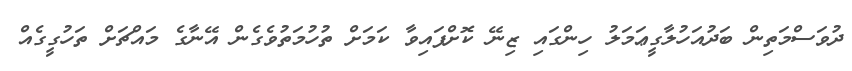
ދުވަސްމަތިން ބަދުއަހުލާގީޢަމަލު ހިންގައި ޒިނޭ ކޮށްފައިވާ ކަމަށް ތުހުމަތުވެގެން އޭނާގެ މައްޗަށް ތަހުގީގެއް